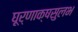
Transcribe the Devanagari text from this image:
घूर्णाक्षसुलभ